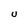
Character: U